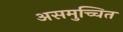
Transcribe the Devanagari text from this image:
असमुच्चित